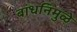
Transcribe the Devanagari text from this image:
बांधनिमुळे